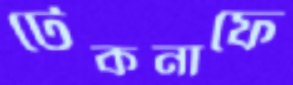
টেকনাফে